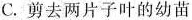
C.剪去两片子叶的幼苗